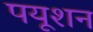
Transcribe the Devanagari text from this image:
पयूशन